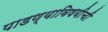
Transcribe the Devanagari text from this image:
पाडण्याविषयीची